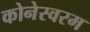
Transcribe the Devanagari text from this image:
कोनेस्वरम